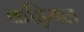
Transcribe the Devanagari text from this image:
कड़ियल